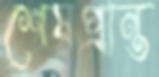
শেষপ্রান্ত